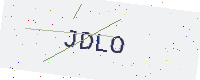
Text: JDLO